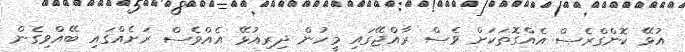
އުޅޭ ކޮންގްރެސް އެއްގޮތަކަށް ވެސް ރާއްޖޭގައި މީހުން ދިރިއުޅޭ އެއްވެސް ރަށެއްގައި ބޭއްވިގެން